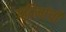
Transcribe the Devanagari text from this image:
पदिमांची